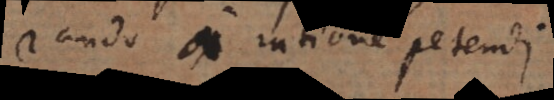
randum a ratione petendi